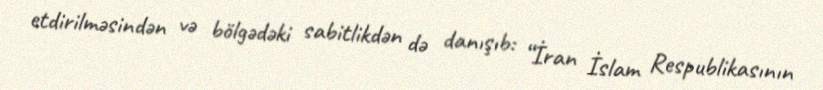
etdirilməsindən və bölgədəki sabitlikdən də danışıb: “İran İslam Respublikasının